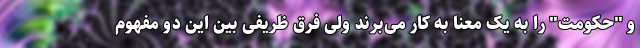
و "حکومت" را به یک معنا به کار می‌برند ولی فرق ظریفی بین این دو مفهوم